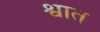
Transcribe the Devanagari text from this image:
श्वात